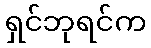
ရှင်ဘုရင်က